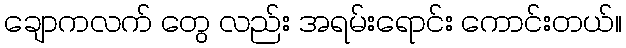
ချောကလက် တွေ လည်း အရမ်းရောင်း ကောင်းတယ်။